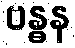
ဗန္ဓန